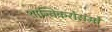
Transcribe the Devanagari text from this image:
शान्तिकरोरामो